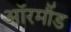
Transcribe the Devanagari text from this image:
ऑरमौंड